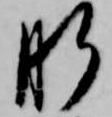
肝